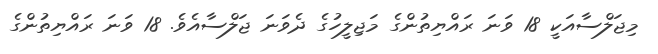
މިޖަލްސާއަކީ 18 ވަނަ ރައްޔިތުންގެ މަޖިލީހުގެ ދެވަނަ ޖަލްސާއެވެ. 18 ވަނަ ރައްޔިތުންގެ